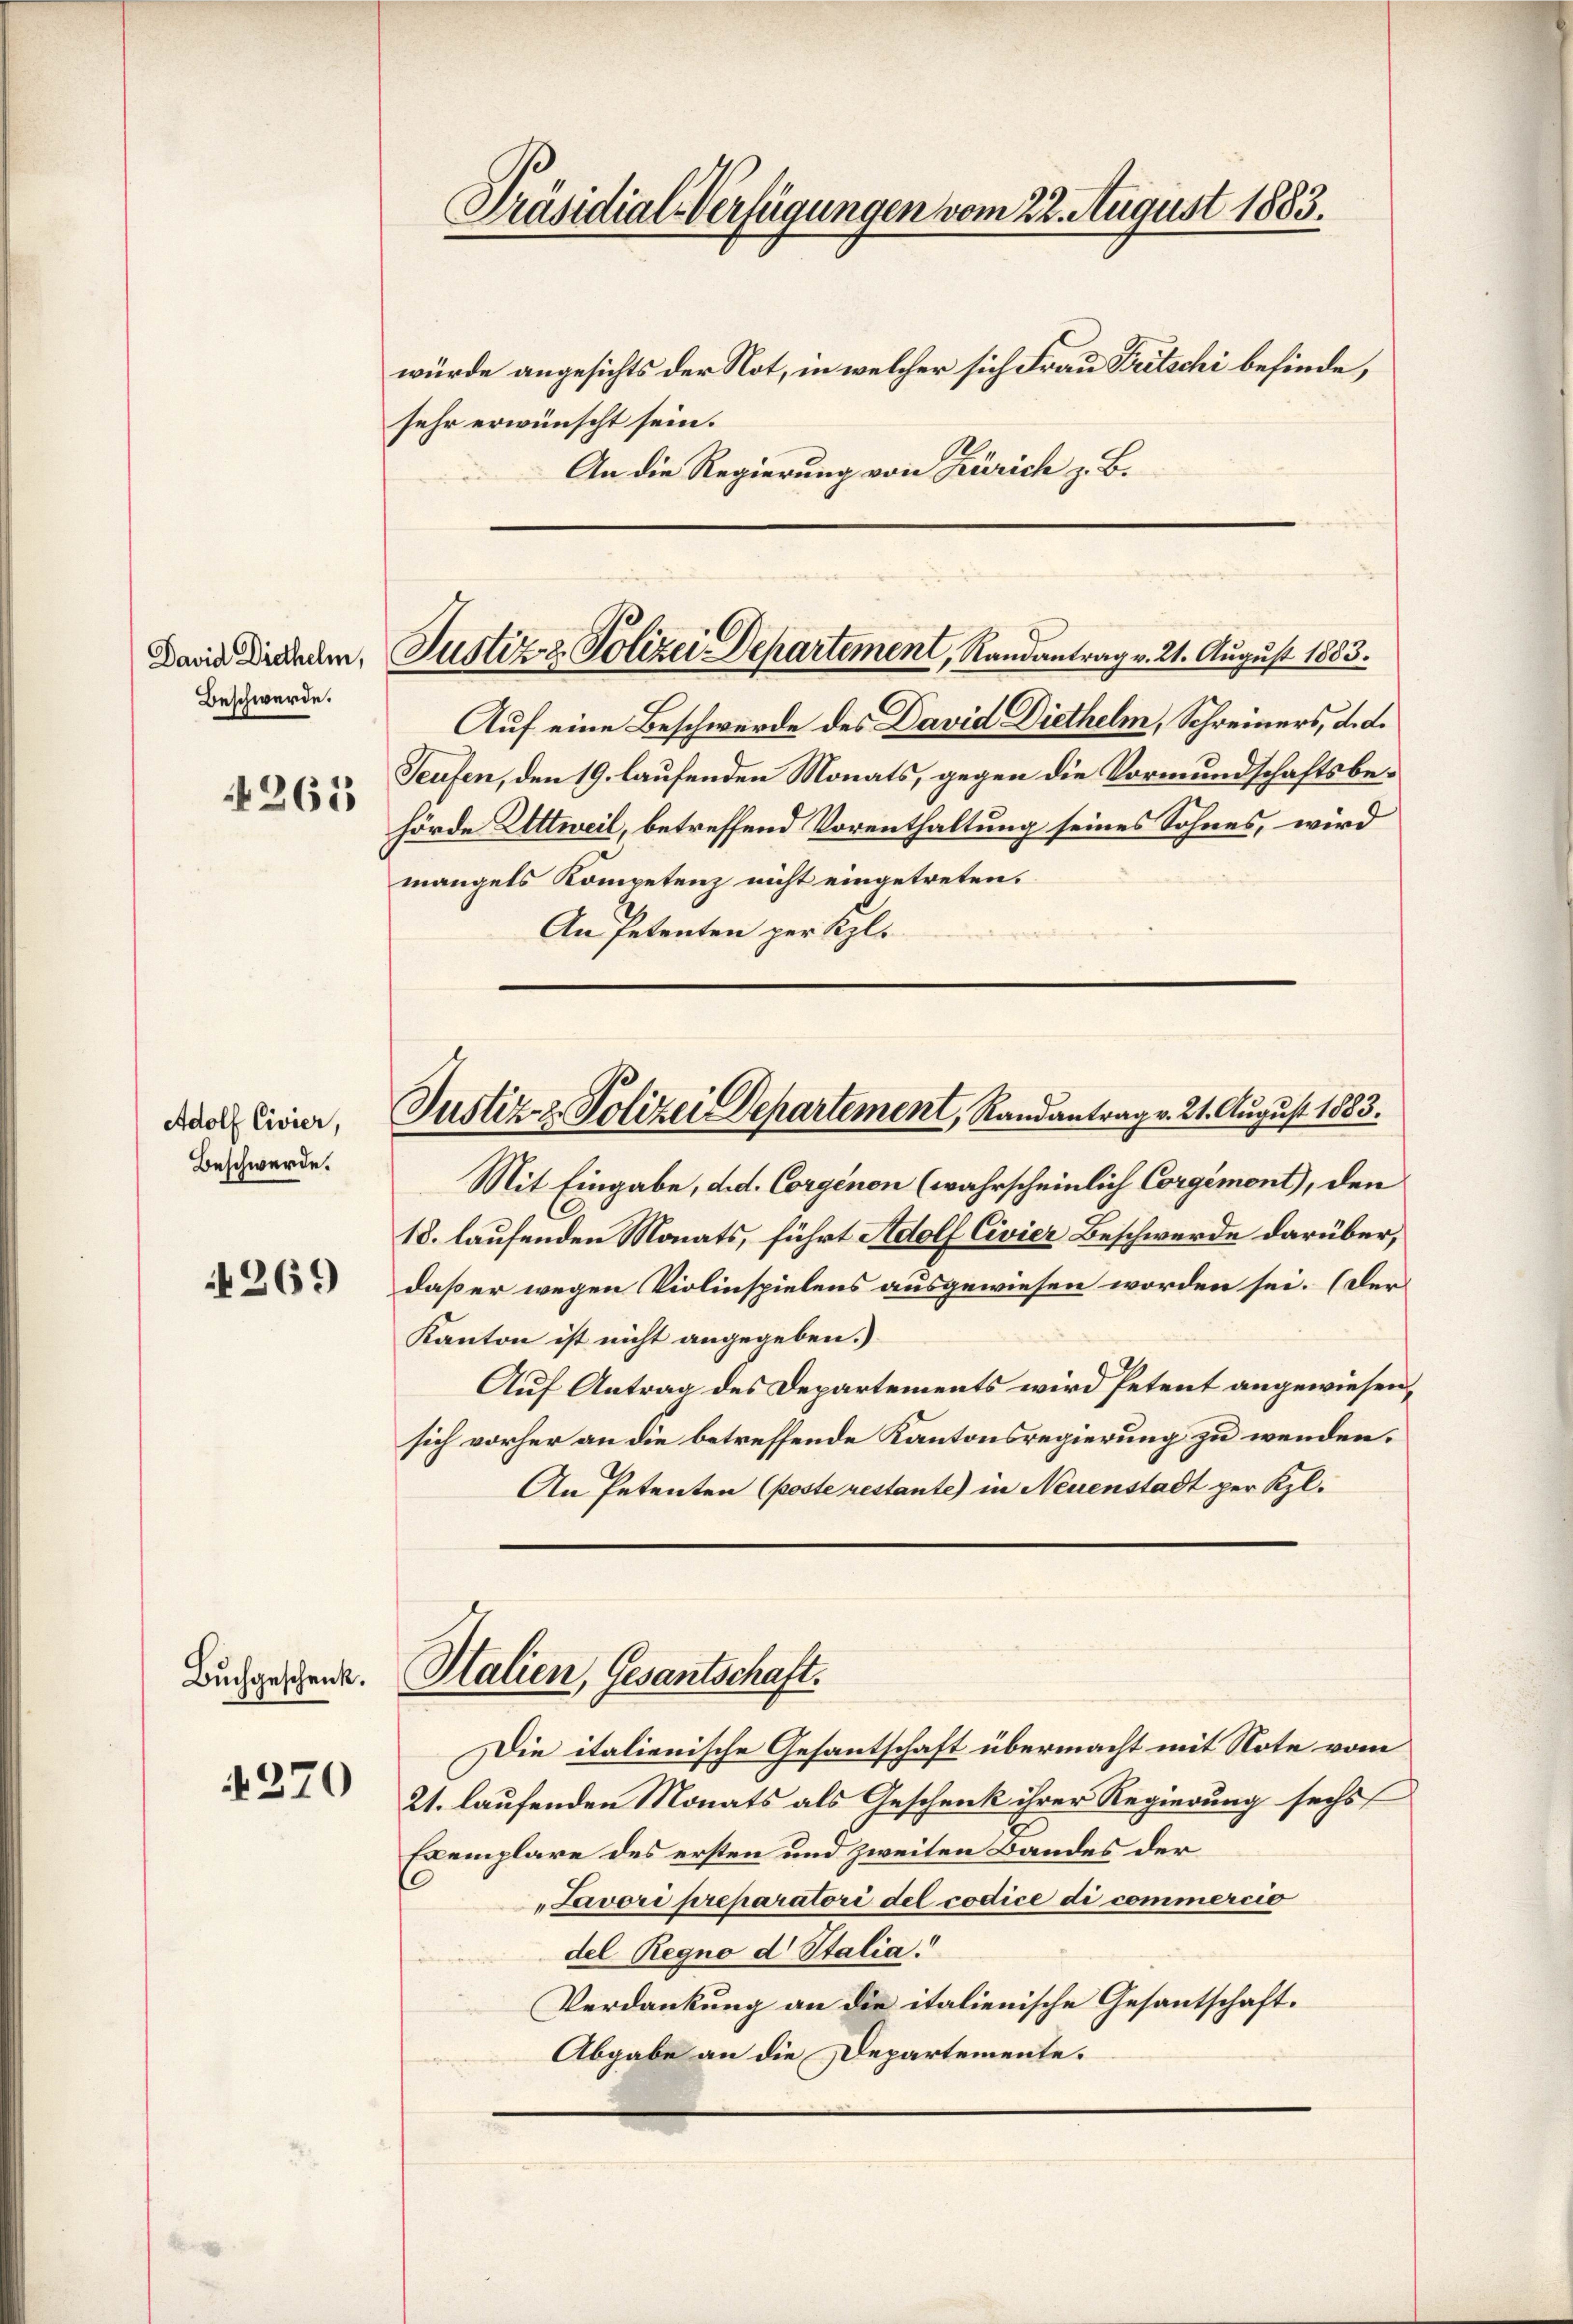
Beschwerde.
263

Adolf Civier,
Beschwerde.

269

Buchgeschenk.

4270

Präsidial-Verfügungen vom 22. August 1883.

würde angesichts der Not, in welcher sich Frau Tritschi befinde,
sehr erwünscht sein.
An die Regierung von Zürich z. B.

Darin Diedene, Justiz & Polizei-Departement, Randantrag v. 21. August 1883.

Justiz- & Polizei Departement, Randantrag v. 21. August 1883.

Auf eine Beschwerde des David Diethelm, Schreiners, d. d.
Seufen, den 19. laufenden Monats, gegen die Vormundschaftsbehörde Wittweil, betreffend Vorenthaltung seines Sohnes, wird
mangels Kompetenz nicht eingetreten.
An Petenten per Kgl.

Mit Eingabe, d. d. Corgenen (wahrscheinlich Corgimont), den
18. laufenden Monats, führt Adolf Civier Beschwerde darüber,
daß er wegen Violinspielens ausgewiesen worden sei. (Der
Kanton ist nicht angegeben.)
Auf Antrag des Departements wird Petent angewiesen,
sich vorher an die betreffende Kantonsregierung zu wenden.
An Petenten (poste restante) in Neuenstadt per Kl.
Halien, Gesantschaft.
Die italienische Gesantschaft übermacht mit Note vom
21. laufenden Monats als Geschenk ihrer Regierung sechs
Exemplare des ersten und zweiten Bandes der
Javori preparatori del codice di commercio
del Regno d Italia.
Verdankung an die italienische Gesantschaft.
Abgabe an die Departemente.